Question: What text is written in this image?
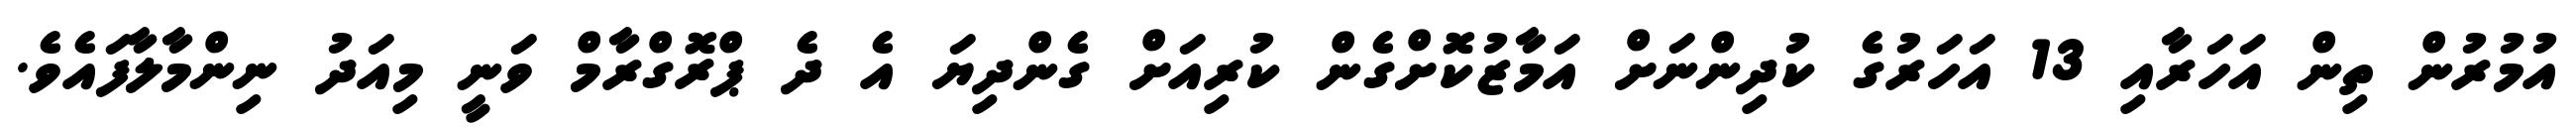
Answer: އުމުރުން ތިން އަހަރާއި 13 އަހަރުގެ ކުދިންނަށް އަމާޒުކޮށްގެން ކުރިއަށް ގެންދިޔަ އެ ދެ ޕްރޮގްރާމް ވަނީ މިއަދު ނިންމާލާފައެވެ.